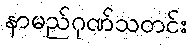
နာမည်ဂုဏ်သတင်း